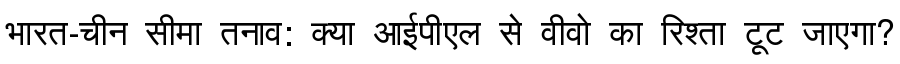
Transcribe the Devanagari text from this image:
भारत-चीन सीमा तनाव: क्या आईपीएल से वीवो का रिश्ता टूट जाएगा?